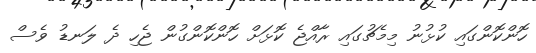
ހޮންކޮންގައި ކުޅުނު މިމެޗުގައި ރާއްޖެ ކޮޅަށް ހޮންކޮންގުން ޖެހި ދެ ލަނޑު ވެސް